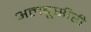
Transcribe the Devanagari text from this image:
अलबूसीरी